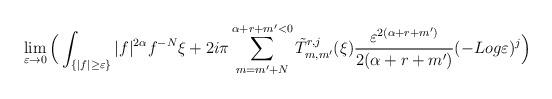
LaTeX: \begin{align*} & \lim_{\varepsilon \to 0}\Big( \int_{\{\vert f\vert \geq \varepsilon \}} \vert f\vert^{2\alpha} f^{-N}\xi + 2i\pi \sum_{m = m'+N}^{ \alpha+r +m' < 0} \tilde{T}_{m,m'}^{r, j}(\xi) \frac{\varepsilon^{2(\alpha + r + m')}}{2(\alpha+r+m')}(-Log\varepsilon)^j\Big) \end{align*}